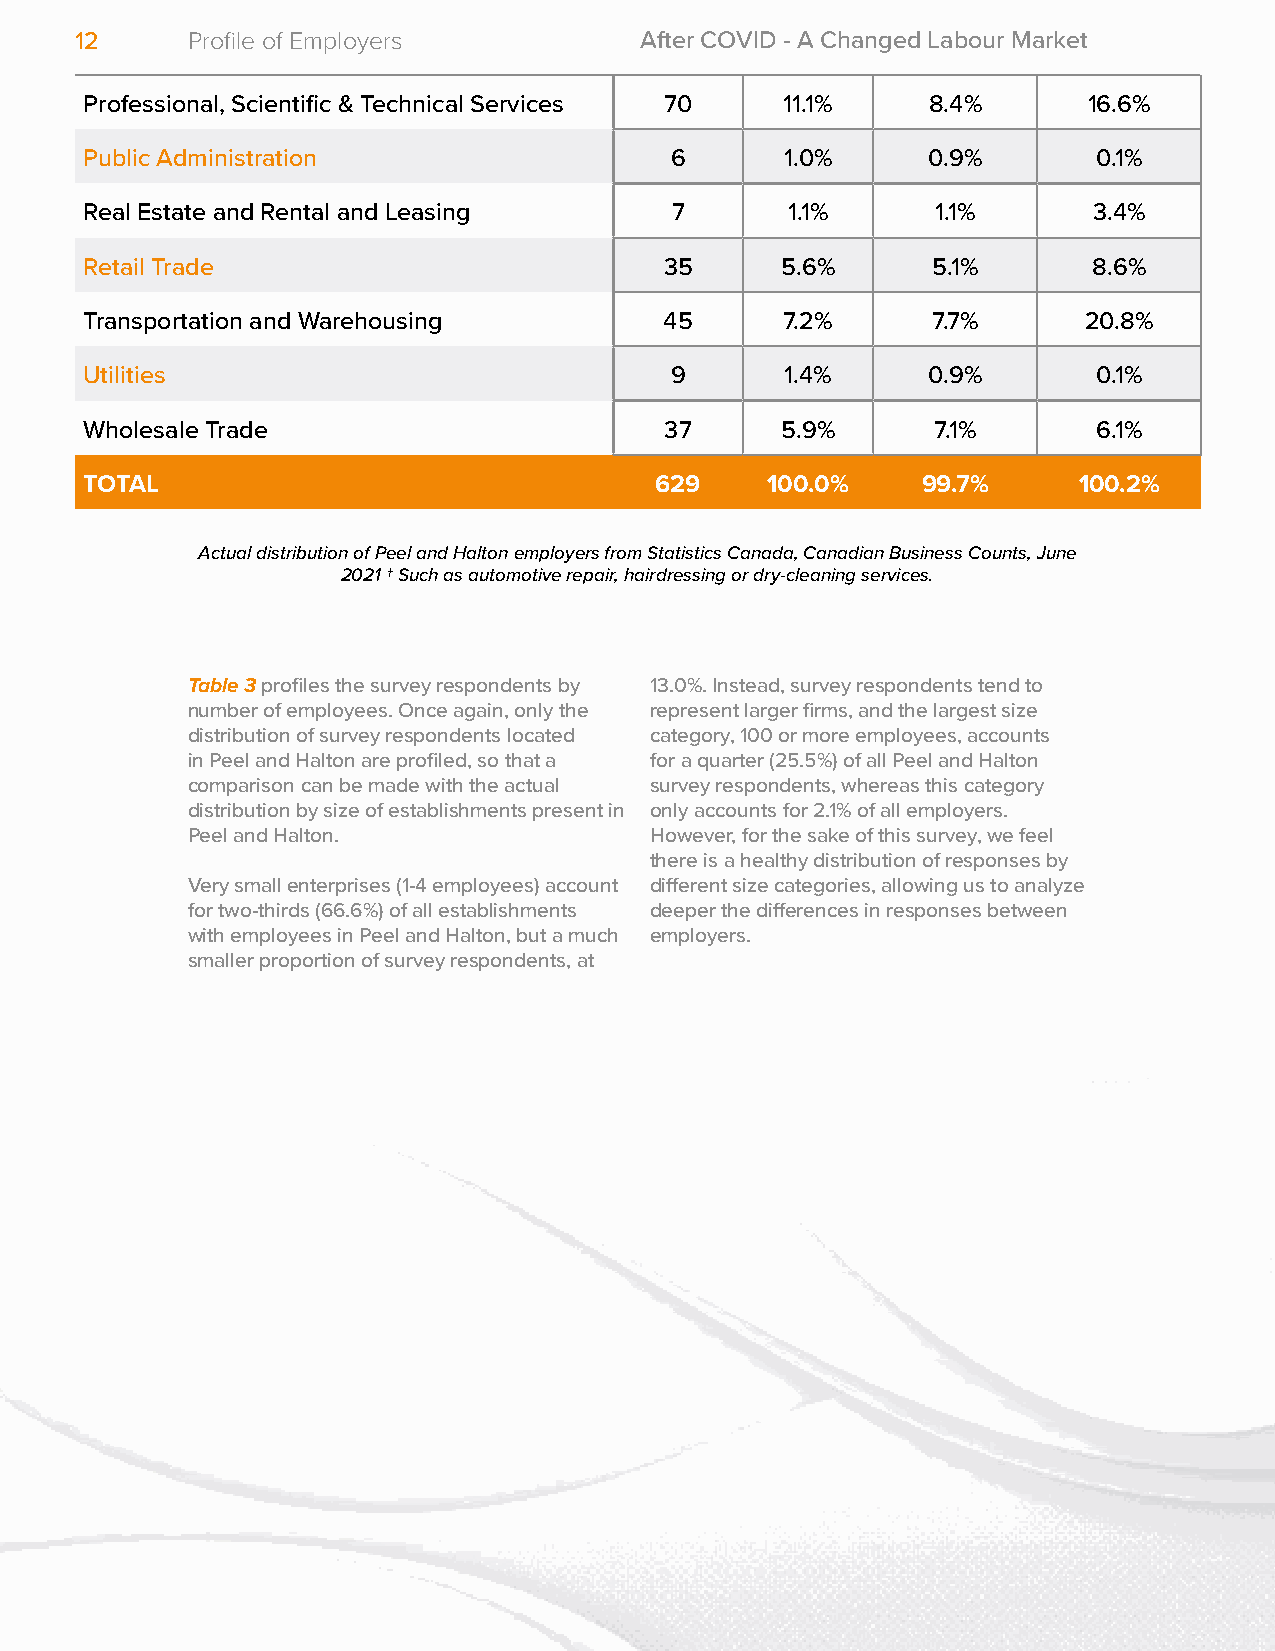
TOTAL SURVEY        PEEL & HALTON
 INDUSTRY
 Survey     Actual
 Number   Percent
 Percent    Percent
 Accommodation and Food Services       30      4.8%     4.6%       5.0%
 Administrative & Support, Waste Management 14 2.2%     2.4%       4.0%
 Agriculture, Forestry, Fishing and Hunting 8  1.3%      1.3%      0.3%
 Arts, Entertainment and Recreation    16      2.5%      1.8%      0.8%
 Construction                          45      7.2%     6.2%       8.4%
 Educational Services                  32      5.1%     4.6%        1.2%
 Finance and Insurance                 24      3.8%     3.5%        3.1%
 Health Care and Social Assistance     47      7.5%     8.8%       8.3%
 Information and Cultural Industries   2       0.3%     0.0%        1.1%
 Manufacturing                         125    19.9%     22.3%      4.7%
 Mining, Quarrying, and Oil and Gas Extraction 2 0.3%   0.2%       0.0%
 12     Profile of Employers          After COVID - A Changed Labour Market
 Other Services (except Public Administration)† 75 11.9% 12.8%     7.0%
 Professional, Scientific & Technical Services 70 11.1% 8.4%       16.6%
 Public Administration                 6       1.0%     0.9%        0.1%
 Real Estate and Rental and Leasing    7       1.1%      1.1%      3.4%
 Retail Trade                          35      5.6%      5.1%      8.6%
 Transportation and Warehousing        45      7.2%      7.7%      20.8%
 Utilities                             9       1.4%     0.9%        0.1%
 Wholesale Trade                       37      5.9%      7.1%       6.1%
 TOTAL                                629     100.0%    99.7%     100.2%
 Actual distribution of Peel and Halton employers from Statistics Canada, Canadian Business Counts, June
 2021 † Such as automotive repair, hairdressing or dry-cleaning services.
 Table 3 profiles the survey respondents by 13.0%. Instead, survey respondents tend to
 number of employees. Once again, only the represent larger firms, and the largest size
 distribution of survey respondents located category, 100 or more employees, accounts
 in Peel and Halton are profiled, so that a for a quarter (25.5%) of all Peel and Halton
 comparison can be made with the actual survey respondents, whereas this category
 distribution by size of establishments present in only accounts for 2.1% of all employers.
 Peel and Halton.               However, for the sake of this survey, we feel
 there is a healthy distribution of responses by
 Very small enterprises (1-4 employees) account different size categories, allowing us to analyze
 for two-thirds (66.6%) of all establishments deeper the differences in responses between
 with employees in Peel and Halton, but a much employers.
 smaller proportion of survey respondents, at